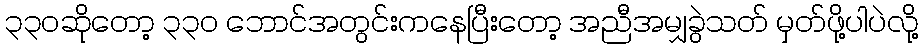
၃၃၀ဆိုတော့ ၃၃၀ ဘောင်အတွင်းကနေပြီးတော့ အညီအမျှခွဲသတ် မှတ်ဖို့ပါပဲလို့